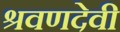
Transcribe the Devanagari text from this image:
श्रवणदेवी